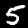
Label: 5